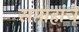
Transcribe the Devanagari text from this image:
सप्ताहांचे